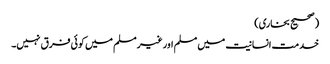
(صحیح بخاری)
خدمت انسانیت میں مسلم اور غیر مسلم میں کوئی فرق نہیں۔